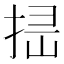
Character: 𢭈